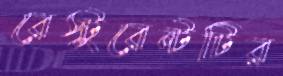
রেস্টুরেন্টটির